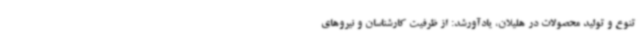
تنوع و تولید محصولات در هلیلان، یادآورشد: از ظرفیت کارشناسان و نیروهای